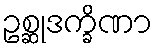
ဥစ္ဆုဒက္ခိဏာ